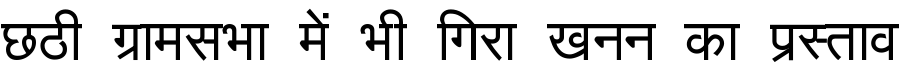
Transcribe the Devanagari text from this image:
छठी ग्रामसभा में भी गिरा खनन का प्रस्ताव